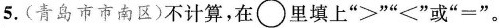
5.(青岛市市南区)不计算，在\circ 里填上”>””<”或”=”。